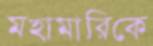
মহামারিকে